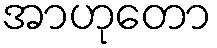
အာဟုတော